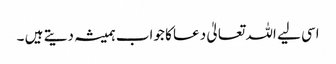
اسی لیے اللہ تعالیٰ دعا کا جواب ہمیشہ دیتے ہیں ۔